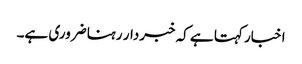
اخبار کہتا ہے کہ خبردار رہنا ضروری ہے۔